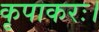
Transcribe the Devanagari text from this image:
कृपाकरः।